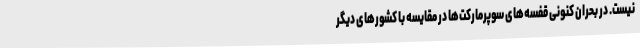
نیست. در بحران کنونی قفسه‌های سوپرمارکت‌ها در مقایسه با کشورهای دیگر